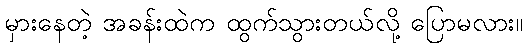
မှားနေတဲ့ အခန်းထဲက ထွက်သွားတယ်လို့ ပြောမလား။